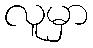
လူမှာ